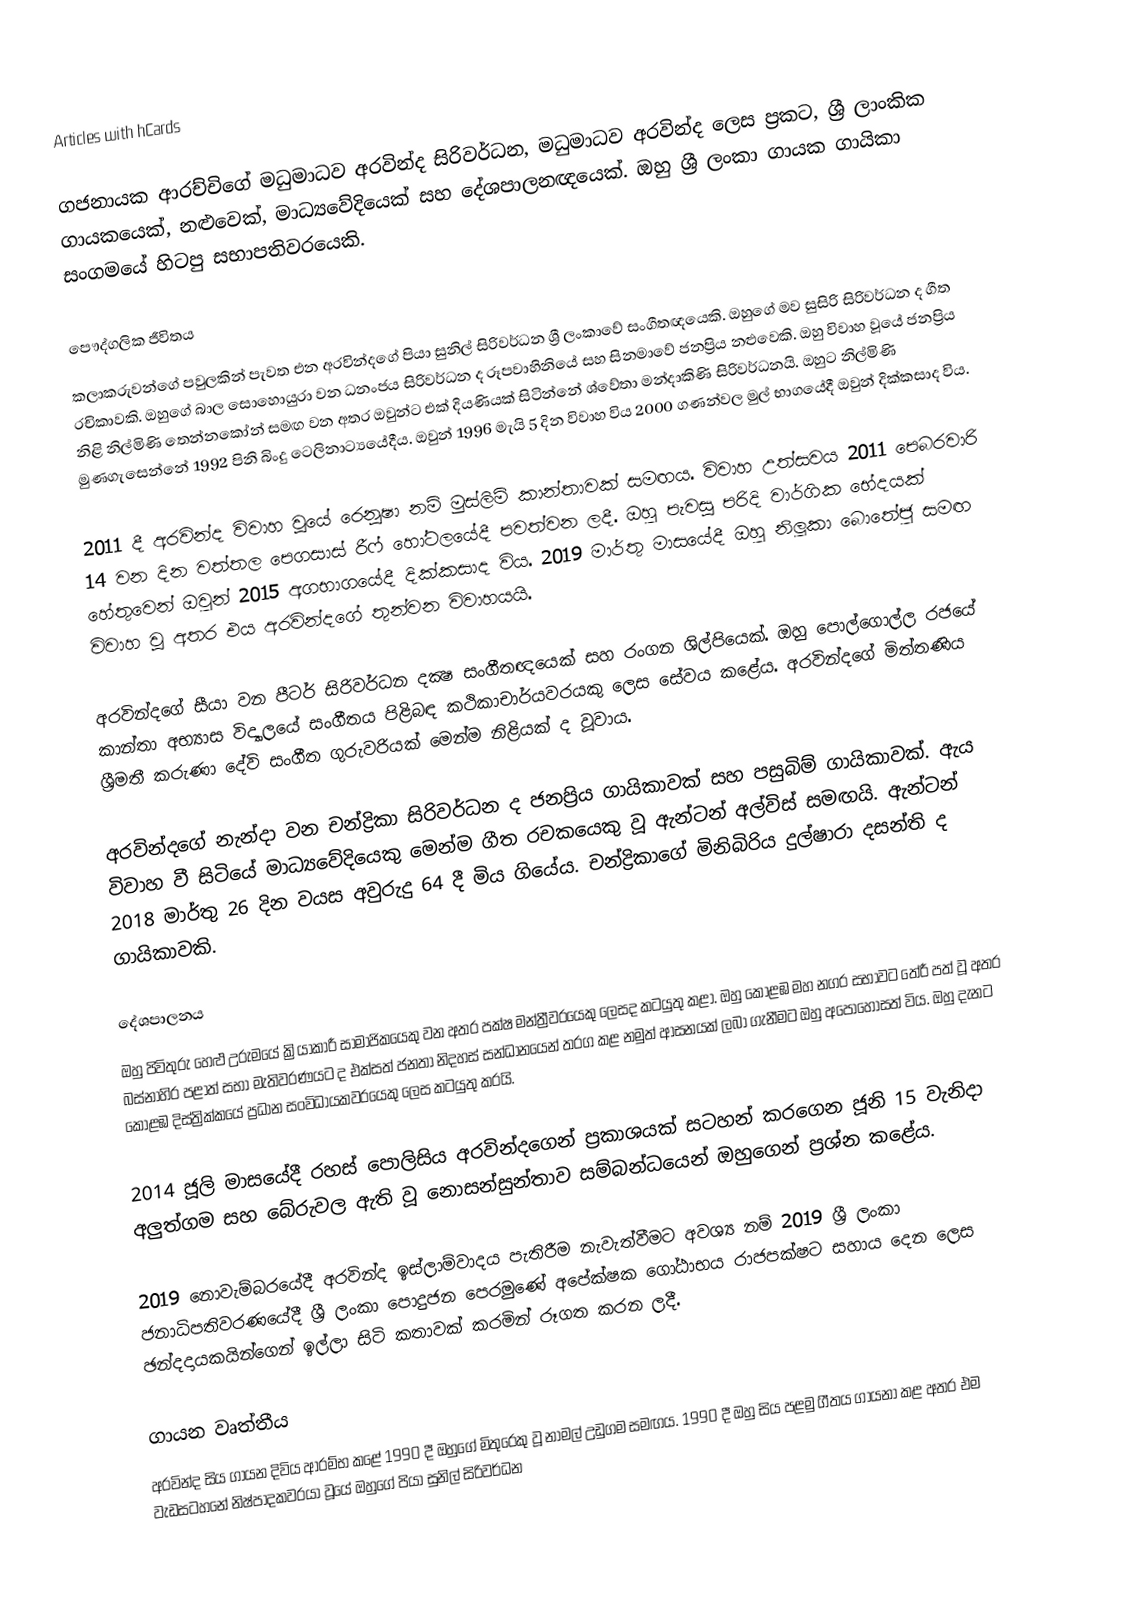
Articles with hCards

ගජනායක ආරච්චිගේ මධුමාධව අරවින්ද සිරිවර්ධන, මධුමාධව අරවින්ද ලෙස ප්‍රකට, ශ්‍රී ලාංකික ගායකයෙක්, නළුවෙක්, මාධ්‍යවේදියෙක් සහ දේශපාලනඥයෙක්.  ඔහු ශ්‍රී ලංකා ගායක ගායිකා සංගමයේ හිටපු සභාපතිවරයෙකි.

පෞද්ගලික ජීවිතය
කලාකරුවන්ගේ පවුලකින් පැවත එන අරවින්දගේ පියා සුනිල් සිරිවර්ධන ශ්‍රී ලංකාවේ සංගීතඥයෙකි. ඔහුගේ මව සුසිරි සිරිවර්ධන ද ගීත රචිකාවකි. ඔහුගේ බාල සොහොයුරා වන ධනංජය සිරිවර්ධන ද රූපවාහිනියේ සහ සිනමාවේ ජනප්‍රිය නළුවෙකි. ඔහු විවාහ වූයේ ජනප්‍රිය නිළි නිල්මිණි තෙන්නකෝන් සමඟ වන අතර ඔවුන්ට එක් දියණියක් සිටින්නේ ශ්වේතා මන්දාකිණි සිරිවර්ධනයි.  ඔහුට නිල්මිණි මුණගැසෙන්නේ 1992 පිනි බිංදු ටෙලිනාට්‍යයේදීය. ඔවුන් 1996 මැයි 5 දින විවාහ විය  2000 ගණන්වල මුල් භාගයේදී ඔවුන් දික්කසාද විය.

2011 දී අරවින්ද විවාහ වූයේ රෙනූෂා නම් මුස්ලිම් කාන්තාවක් සමඟය. විවාහ උත්සවය 2011 පෙබරවාරි 14 වන දින වත්තල පෙගසාස් රීෆ් හෝටලයේදී පවත්වන ලදී. ඔහු පැවසූ පරිදි වාර්ගික භේදයක් හේතුවෙන් ඔවුන් 2015 අගභාගයේදී දික්කසාද විය.   2019 මාර්තු මාසයේදී ඔහු නිලූකා බොතේජු සමඟ විවාහ වූ අතර එය අරවින්දගේ තුන්වන විවාහයයි.

අරවින්දගේ සීයා වන පීටර් සිරිවර්ධන දක්‍ෂ සංගීතඥයෙක් සහ රංගන ශිල්පියෙක්. ඔහු පොල්ගොල්ල රජයේ කාන්තා අභ්‍යාස විද්‍යාලයේ සංගීතය පිළිබඳ කථිකාචාර්යවරයකු ලෙස සේවය කළේය. අරවින්දගේ මිත්තණිය ශ්‍රීමතී කරුණා දේවි සංගීත ගුරුවරියක් මෙන්ම නිළියක් ද වූවාය.

අරවින්දගේ නැන්දා වන චන්ද්‍රිකා සිරිවර්ධන ද ජනප්‍රිය ගායිකාවක් සහ පසුබිම් ගායිකාවක්.  ඇය විවාහ වී සිටියේ මාධ්‍යවේදියෙකු මෙන්ම ගීත රචකයෙකු වූ ඇන්ටන් අල්විස් සමඟයි.  ඇන්ටන් 2018 මාර්තු 26 දින වයස අවුරුදු 64 දී මිය ගියේය.  චන්ද්‍රිකාගේ මිනිබිරිය දුල්ෂාරා දසන්ති ද ගායිකාවකි.

දේශපාලනය
ඔහු පිවිතුරු හෙළු උරුමයේ ක්‍රියාකාරී සාමාජිකයෙකු වන අතර පක්ෂ මන්ත්‍රීවරයෙකු ලෙසද කටයුතු කළා. ඔහු කොළඹ මහ නගර සභාවට තේරී පත් වූ අතර බස්නාහිර පළාත් සභා මැතිවරණයට ද එක්සත් ජනතා නිදහස් සන්ධානයෙන් තරග කළ නමුත් ආසනයක් ලබා ගැනීමට ඔහු අපොහොසත් විය.  ඔහු දැනට කොළඹ දිස්ත්‍රික්කයේ ප්‍රධාන සංවිධායකවරයෙකු ලෙස කටයුතු කරයි.

2014 ජූලි මාසයේදී රහස් පොලිසිය අරවින්දගෙන් ප්‍රකාශයක් සටහන් කරගෙන ජූනි 15 වැනිදා අලුත්ගම සහ බේරුවල ඇති වූ නොසන්සුන්තාව සම්බන්ධයෙන් ඔහුගෙන් ප්‍රශ්න කළේය.

2019 නොවැම්බරයේදී අරවින්ද ඉස්ලාම්වාදය පැතිරීම නැවැත්වීමට අවශ්‍ය නම් 2019 ශ්‍රී ලංකා ජනාධිපතිවරණයේදී ශ්‍රී ලංකා පොදුජන පෙරමුණේ අපේක්ෂක ගෝඨාභය රාජපක්ෂට සහාය දෙන ලෙස ඡන්දදායකයින්ගෙන් ඉල්ලා සිටි කතාවක් කරමින් රූගත කරන ලදී.

ගායන වෘත්තීය
අරවින්ද සිය ගායන දිවිය ආරම්භ කළේ 1990 දී ඔහුගේ මිතුරෙකු වූ නාමල් උඩුගම සමඟය. 1990 දී ඔහු සිය පළමු ගීතය ගායනා කළ අතර එම වැඩසටහනේ නිෂ්පාදකවරයා වූයේ ඔහුගේ පියා සුනිල් සිරිවර්ධන